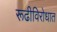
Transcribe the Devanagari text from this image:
रूढीविरोधात